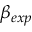
\beta _ { e x p }